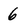
Character: 6